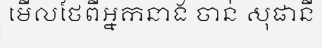
មើលថែពីអ្នកនាង ចាន់ សុផានី